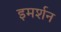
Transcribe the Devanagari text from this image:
इमर्शन